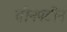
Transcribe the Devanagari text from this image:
तीनपटीनं